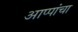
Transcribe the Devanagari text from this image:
आप्पांचा